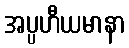
အပ္ပဟီယမာနာ